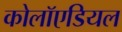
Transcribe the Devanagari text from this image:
कोलॉएडियल